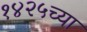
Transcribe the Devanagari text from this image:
१४२५च्या